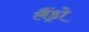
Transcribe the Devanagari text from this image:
लैंड्रो